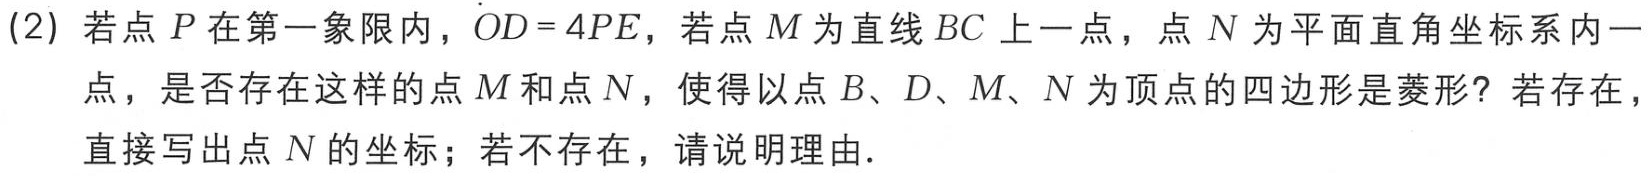
(2) 若点 \(P\) 在第一象限内，\(OD = 4PE\)，若点 \(M\) 为直线 \(BC\) 上一点，点 \(N\) 为平面直角坐标系内一点，是否存在这样的点 \(M\) 和点 \(N\)，使得以点 \(B、D、M、N\) 为顶点的四边形是菱形？若存在，直接写出点 \(N\) 的坐标；若不存在，请说明理由．